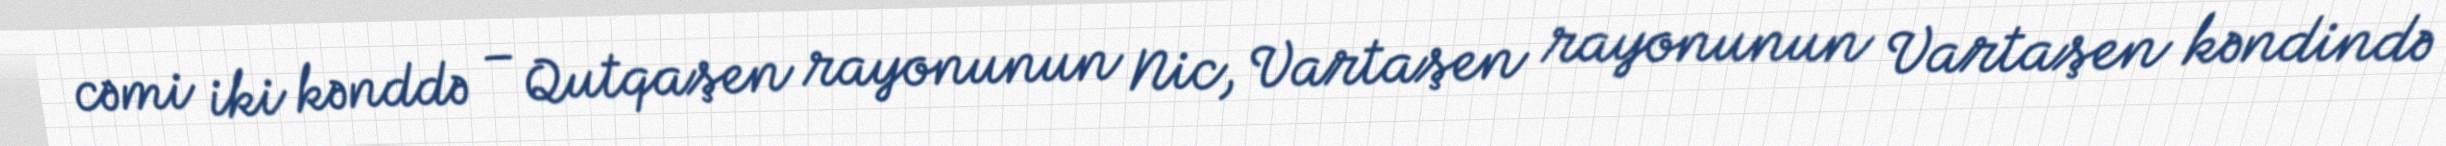
cəmi iki kənddə – Qutqaşen rayonunun Nic, Vartaşen rayonunun Vartaşen kəndində